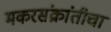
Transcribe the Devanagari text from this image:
मकरसंक्रांतीचा